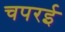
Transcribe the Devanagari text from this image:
चपरई